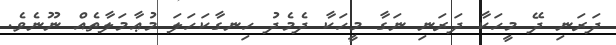
ދަރަނި ދޭ މީހަކާ ދަރަނި ނަގާ މީހަކާ ދެމެދު ހިނގާކަހަލަ މުޢާމަލާތެއް ނޫނެވެ.